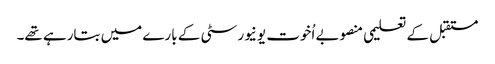
مستقبل کے تعلیمی منصوبے اُخوت یونیورسٹی کے بارے میں بتارہے تھے۔